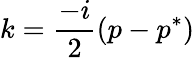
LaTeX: k=\frac{-i}{2}(p-p^{*})